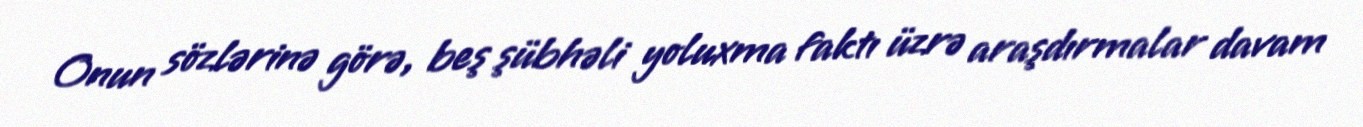
Onun sözlərinə görə, beş şübhəli yoluxma faktı üzrə araşdırmalar davam